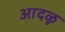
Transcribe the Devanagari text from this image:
आदळू